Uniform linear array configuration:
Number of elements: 4
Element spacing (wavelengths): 0.25
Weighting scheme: cosine
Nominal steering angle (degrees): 60
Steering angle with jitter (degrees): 58.981
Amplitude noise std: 0.05
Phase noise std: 0.05

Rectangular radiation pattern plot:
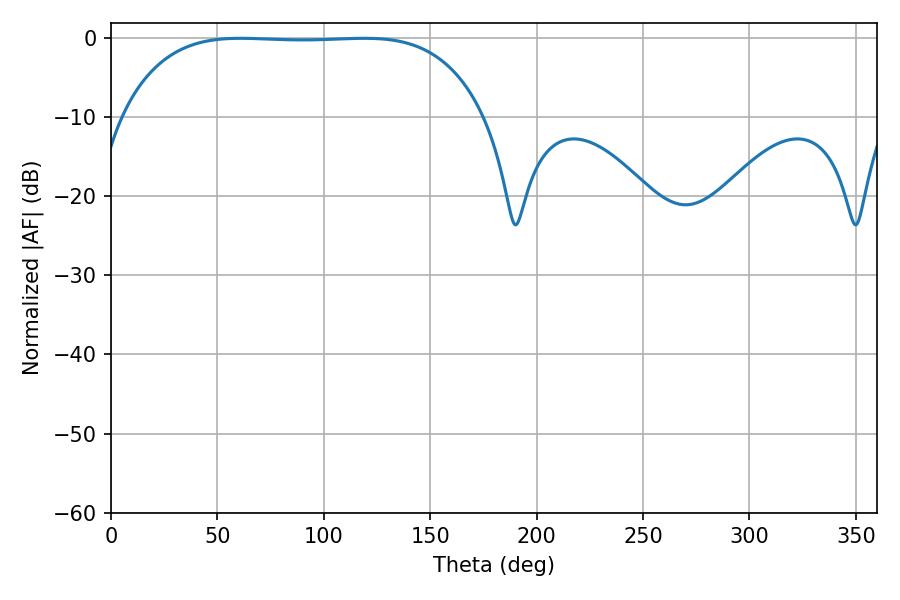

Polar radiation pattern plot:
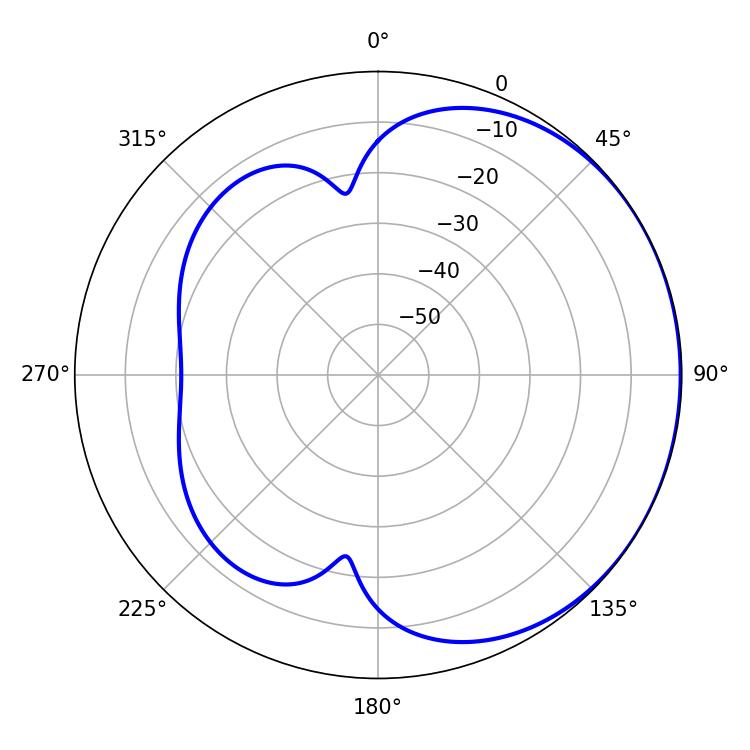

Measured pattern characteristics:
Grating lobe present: FALSE
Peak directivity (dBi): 0.7155
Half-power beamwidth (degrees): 132.48
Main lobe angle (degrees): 119.16